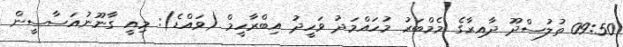
09:50 ތުލުސްދޫ ދާއިރާގެ މެމްބަރު މުހައްމަދު ވަހީދު އިބްރާހީމް (ވައްޑެ): މިއީ ގާނޫނުއަސާސީން